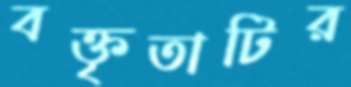
বক্তৃতাটির